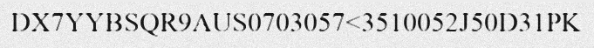
DX7YYBSQR9AUS0703057<3510052J50D31PK